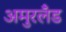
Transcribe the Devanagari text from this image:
अमुरलँंड